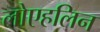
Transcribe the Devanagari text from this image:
लोएहलिन